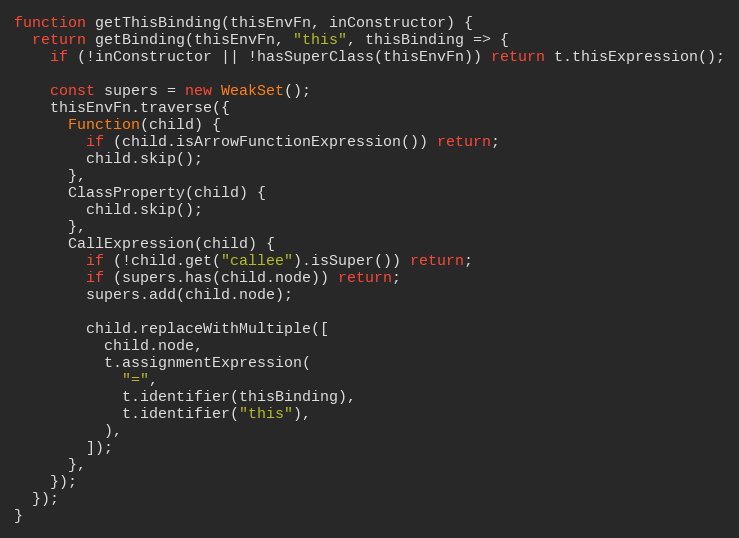
Language: JavaScript
function getThisBinding(thisEnvFn, inConstructor) {
  return getBinding(thisEnvFn, "this", thisBinding => {
    if (!inConstructor || !hasSuperClass(thisEnvFn)) return t.thisExpression();

    const supers = new WeakSet();
    thisEnvFn.traverse({
      Function(child) {
        if (child.isArrowFunctionExpression()) return;
        child.skip();
      },
      ClassProperty(child) {
        child.skip();
      },
      CallExpression(child) {
        if (!child.get("callee").isSuper()) return;
        if (supers.has(child.node)) return;
        supers.add(child.node);

        child.replaceWithMultiple([
          child.node,
          t.assignmentExpression(
            "=",
            t.identifier(thisBinding),
            t.identifier("this"),
          ),
        ]);
      },
    });
  });
}